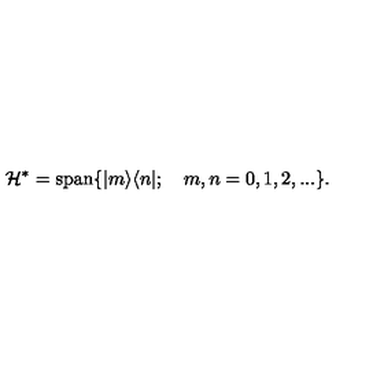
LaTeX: \mathcal { H } ^ { * } = \mathrm { s p a n } \{ | m \rangle \langle n | ; \quad m , n = 0 , 1 , 2 , . . . \} .